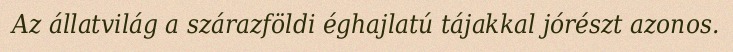
Az állatvilág a szárazföldi éghajlatú tájakkal jórészt azonos.